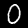
Label: 0